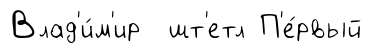
Влад'и́м'ир шт'етл П'е́рвый